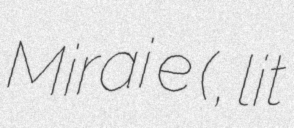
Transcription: Mirai e (愛すべき未来へ, lit